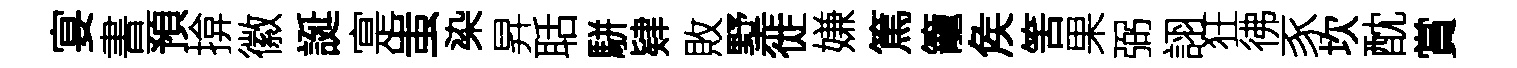
宴書預揜徽誕寔蚩染昇聒駢肄敗墅徙嫌篤籠矦筈果弼詡狂彿豕坎酖賞